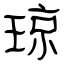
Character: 琼